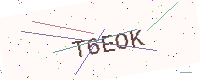
Text: T6EOK